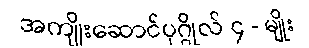
အကျိုးဆောင်ပုဂ္ဂိုလ် ၄ - မျိုး